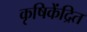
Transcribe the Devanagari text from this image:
कृषिकेंद्रित